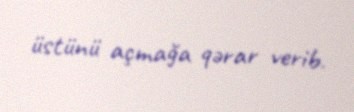
üstünü açmağa qərar verib.